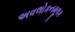
અવલોકનમૂલક